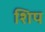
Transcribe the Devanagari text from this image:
शिप